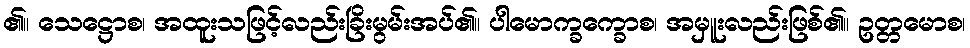
၏။ သေဋ္ဌောစ၊ အထူးသဖြင့်လည်းခြိးမွမ်းအပ်၏။ ပါမောက္ခက္ခောစ၊ အမှူးလည်းဖြစ်၏။ ဥတ္တမောစ၊